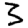
Digit: 3